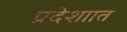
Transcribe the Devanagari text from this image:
प्रदेशाात